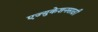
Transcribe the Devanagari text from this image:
एज्युकेशनसाठी